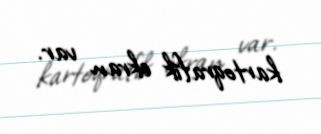
kartoqrafik ekran var.